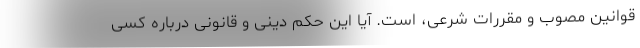
قوانین مصوب و مقررات شرعی، است. آیا این حکم دینی و قانونی درباره کسی